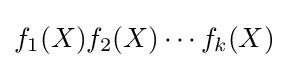
f_{1}(X)f_{2}(X)\cdots f_{k}(X)